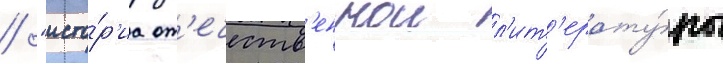
/ "исто́р'иа от'ечеств'еннои л'ит'ерату́ры